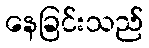
နေခြင်းသည်